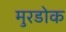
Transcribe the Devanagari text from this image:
मुरडोक